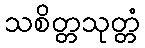
သစိတ္တသုတ္တံ